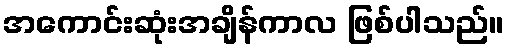
အကောင်းဆုံးအချိန်ကာလ ဖြစ်ပါသည်။